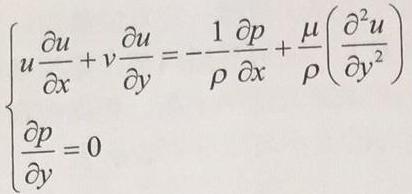
\[
\begin{cases}
u \frac{\partial u}{\partial x} + v \frac{\partial u}{\partial y} = -\frac{1}{\rho} \frac{\partial p}{\partial x} + \frac{\mu}{\rho} \left( \frac{\partial^{2} u}{\partial y^{2}} \right) \\
\frac{\partial p}{\partial y} = 0
\end{cases}
\]